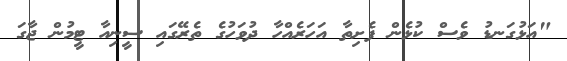
"އަޅުގަނޑު ވެސް ކުޅެން ފެށިތާ އަހަރެއްހާ ދުވަހުގެ ތެރޭގައި ސީނިއާ ޓީމުން ޖާގަ